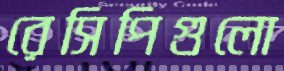
রেসিপিগুলো